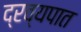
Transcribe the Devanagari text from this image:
द्रव्यपात